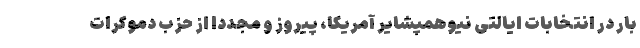
بار در انتخابات ایالتی نیوهمپشایر آمریکا، پیروز و مجددا از حزب دموکرات